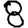
Digit: 8